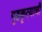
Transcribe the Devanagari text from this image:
गृहकृत्याची